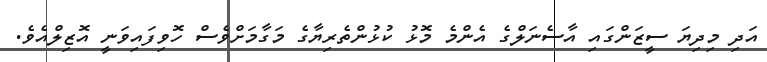
އަދި މިދިޔަ ސީޒަންގައި އާސެނަލްގެ އެންމެ މޮޅު ކުޅުންތެރިޔާގެ މަގާމަށްވެސް ހޮވިފައިވަނީ އޮޒިލްއެވެ.